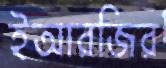
ইআরজির